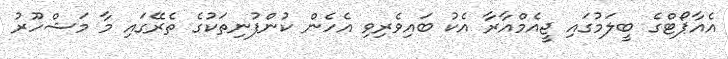
އެއާޕޯޓްގެ ބީލަމުގައި ޖީއެމްއާރާ އެކު ބައިވެރިވި އެހެން ކުންފުނިތަކުގެ ތެރޭގައި މާ މަޝްހޫރު